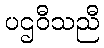
ပဌဝီသညီ